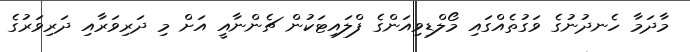
މާދަމާ ހެނދުނުގެ ވަގުތެއްގައި މޯލްޑިވިއަންގެ ފްލައިޓަކުން ޗެންނާއީ އަށް މި ދަރިވަރާއި ދަރިވަރުގެ